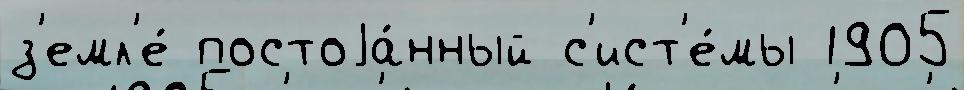
з'емл'е́ постоjа́нный с'ист'е́мы 1905